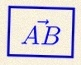
\vec{AB}